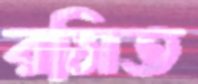
রসিত